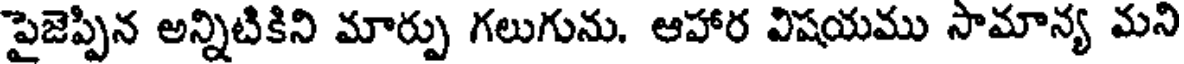
పైజెప్పిన అన్నిటికిని మార్పు గలుగును. ఆహార విషయము సామాన్య మని